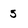
Character: 5